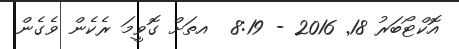
އޮކްޓޯބަރު 18